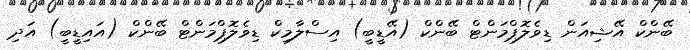
ބޭންކް އޭޝިއަން ޑިވެލޮޕްމަންޓް ބޭންކް (އޭޑީބީ) އިސްލާމިކް ޑިވެލޮޕްމަންޓް ބޭންކް (އައިޑީބީ) އަދި